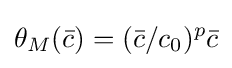
\theta _{M}({\bar {c}})=({\bar {c}}/c_{0})^{p}{\bar {c}}